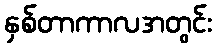
နှစ်တာကာလအတွင်း